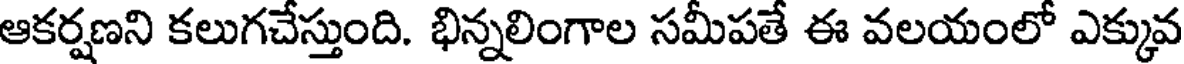
ఆకర్షణని కలుగచేస్తుంది. భిన్నలింగాల సమీపతే ఈ వలయంలో ఎక్కువ